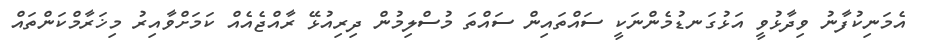
އެމަނިކުފާނު ވިދާޅުވީ އަޅުގަނޑުމެންނަކީ ސައްތައިން ސައްތަ މުސްލިމުން ދިރިއުޅޭ ރާއްޖެއެއް ކަމަށްވާއިރު މިޚަރާމްކަންތައް